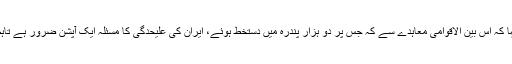
انھوں نے ایٹمی معاہدے کے بارے میں بھی کہا کہ اس بین الاقوامی معاہدے سے کہ جس پر دو ہزار پندرہ میں دستخط ہوئے، ایران کی علیحدگی کا مسئلہ ایک آپشن ضرور ہے تاہم میز پر موجود صرف یہی ایک آپشن نہیں ہے۔